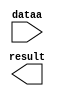
// megafunction wizard: %LPM_MULT%VBB%
// GENERATION: STANDARD
// VERSION: WM1.0
// MODULE: lpm_mult 

// ============================================================
// Megafunction Name(s):
// 			lpm_mult
//
// Simulation Library Files(s):
// 			lpm
// ============================================================
// ************************************************************
// THIS IS A WIZARD-GENERATED FILE. DO NOT EDIT THIS FILE!
//
// 12.1 Build 177 11/07/2012 SJ Full Version
// ************************************************************

//Copyright (C) 1991-2012 Altera Corporation
//Your use of Altera Corporation's design tools, logic functions 
//and other software and tools, and its AMPP partner logic 
//functions, and any output files from any of the foregoing 
//(including device programming or simulation files), and any 
//associated documentation or information are expressly subject 
//to the terms and conditions of the Altera Program License 
//Subscription Agreement, Altera MegaCore Function License 
//Agreement, or other applicable license agreement, including, 
//without limitation, that your use is for the sole purpose of 
//programming logic devices manufactured by Altera and sold by 
//Altera or its authorized distributors.  Please refer to the 
//applicable agreement for further details.

module mult2881 (
	dataa,
	result);

	input	[14:0]  dataa;
	output	[28:0]  result;

endmodule

// ============================================================
// CNX file retrieval info
// ============================================================
// Retrieval info: PRIVATE: AutoSizeResult NUMERIC "1"
// Retrieval info: PRIVATE: B_isConstant NUMERIC "1"
// Retrieval info: PRIVATE: ConstantB NUMERIC "2881"
// Retrieval info: PRIVATE: INTENDED_DEVICE_FAMILY STRING "Cyclone IV E"
// Retrieval info: PRIVATE: LPM_PIPELINE NUMERIC "0"
// Retrieval info: PRIVATE: Latency NUMERIC "0"
// Retrieval info: PRIVATE: SYNTH_WRAPPER_GEN_POSTFIX STRING "0"
// Retrieval info: PRIVATE: SignedMult NUMERIC "1"
// Retrieval info: PRIVATE: USE_MULT NUMERIC "1"
// Retrieval info: PRIVATE: ValidConstant NUMERIC "1"
// Retrieval info: PRIVATE: WidthA NUMERIC "15"
// Retrieval info: PRIVATE: WidthB NUMERIC "14"
// Retrieval info: PRIVATE: WidthP NUMERIC "29"
// Retrieval info: PRIVATE: aclr NUMERIC "0"
// Retrieval info: PRIVATE: clken NUMERIC "0"
// Retrieval info: PRIVATE: new_diagram STRING "1"
// Retrieval info: PRIVATE: optimize NUMERIC "0"
// Retrieval info: LIBRARY: lpm lpm.lpm_components.all
// Retrieval info: CONSTANT: LPM_HINT STRING "INPUT_B_IS_CONSTANT=YES,MAXIMIZE_SPEED=5"
// Retrieval info: CONSTANT: LPM_REPRESENTATION STRING "SIGNED"
// Retrieval info: CONSTANT: LPM_TYPE STRING "LPM_MULT"
// Retrieval info: CONSTANT: LPM_WIDTHA NUMERIC "15"
// Retrieval info: CONSTANT: LPM_WIDTHB NUMERIC "14"
// Retrieval info: CONSTANT: LPM_WIDTHP NUMERIC "29"
// Retrieval info: USED_PORT: dataa 0 0 15 0 INPUT NODEFVAL "dataa[14..0]"
// Retrieval info: USED_PORT: result 0 0 29 0 OUTPUT NODEFVAL "result[28..0]"
// Retrieval info: CONNECT: @dataa 0 0 15 0 dataa 0 0 15 0
// Retrieval info: CONNECT: @datab 0 0 14 0 2881 0 0 14 0
// Retrieval info: CONNECT: result 0 0 29 0 @result 0 0 29 0
// Retrieval info: GEN_FILE: TYPE_NORMAL mult2881.v TRUE
// Retrieval info: GEN_FILE: TYPE_NORMAL mult2881.inc FALSE
// Retrieval info: GEN_FILE: TYPE_NORMAL mult2881.cmp FALSE
// Retrieval info: GEN_FILE: TYPE_NORMAL mult2881.bsf FALSE
// Retrieval info: GEN_FILE: TYPE_NORMAL mult2881_inst.v FALSE
// Retrieval info: GEN_FILE: TYPE_NORMAL mult2881_bb.v TRUE
// Retrieval info: LIB_FILE: lpm